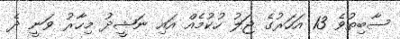
ސާބިތުވެ 13 އަހަރުގެ ޖަލު ހުކުމެއް އައި ނަޝީދު މިހާރު ވަނީ ދެ